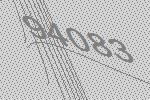
94083